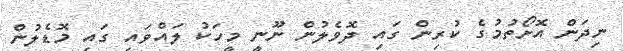
ނިދަން އޮށޯތުމުގެ ކުރިން ގައި ދޮވެލުން ނޫނީ މީހަކު ލައްވައި ގައި މޮޑެލުން